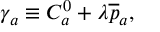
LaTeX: \gamma _ { a } \equiv C _ { a } ^ { 0 } + \lambda \overline { { { p } } } _ { a } ,